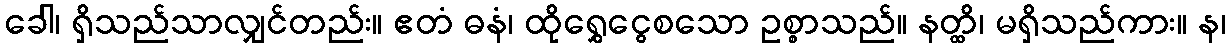
ခေါ၊ ရှိသည်သာလျှင်တည်း။ ဧတံ ဓနံ၊ ထိုရွှေငွေစသော ဥစ္စာသည်။ နတ္ထိ၊ မရှိသည်ကား။ န၊